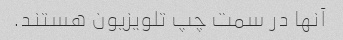
آنها در سمت چپ تلویزیون هستند.